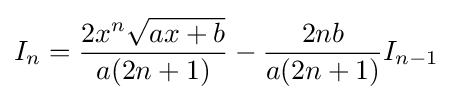
I_{n}={\frac {2x^{n}{\sqrt {ax+b}}}{a(2n+1)}}-{\frac {2nb}{a(2n+1)}}I_{n-1}\,\!